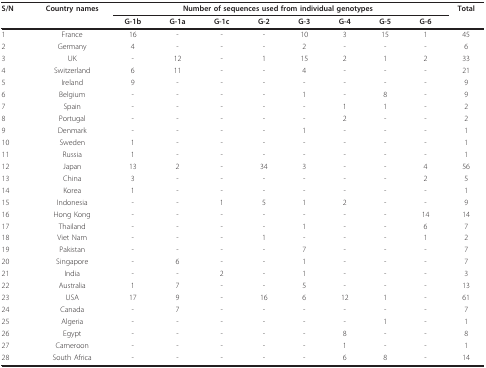
<table><thead><tr><td><b>S/N</b></td><td><b>Country names</b></td><td colspan="8"><b>Number of sequences used from individual genotypes</b></td><td><b>Total</b></td></tr><tr><td></td><td></td><td><b>G-1b</b></td><td><b>G-1a</b></td><td><b>G-1c</b></td><td><b>G-2</b></td><td><b>G-3</b></td><td><b>G-4</b></td><td><b>G-5</b></td><td><b>G-6</b></td><td></td></tr></thead><tbody><tr><td>1</td><td>France</td><td>16</td><td>-</td><td>-</td><td>-</td><td>10</td><td>3</td><td>15</td><td>1</td><td>45</td></tr><tr><td>2</td><td>Germany</td><td>4</td><td>-</td><td>-</td><td>-</td><td>2</td><td>-</td><td>-</td><td>-</td><td>6</td></tr><tr><td>3</td><td>UK</td><td>-</td><td>12</td><td>-</td><td>1</td><td>15</td><td>2</td><td>1</td><td>2</td><td>33</td></tr><tr><td>4</td><td>Switzerland</td><td>6</td><td>11</td><td>-</td><td>-</td><td>4</td><td>-</td><td>-</td><td>-</td><td>21</td></tr><tr><td>5</td><td>Ireland</td><td>9</td><td>-</td><td>-</td><td>-</td><td>-</td><td>-</td><td>-</td><td>-</td><td>9</td></tr><tr><td>6</td><td>Belgium</td><td>-</td><td>-</td><td>-</td><td>-</td><td>1</td><td>-</td><td>8</td><td>-</td><td>9</td></tr><tr><td>7</td><td>Spain</td><td>-</td><td>-</td><td>-</td><td>-</td><td>-</td><td>1</td><td>1</td><td>-</td><td>2</td></tr><tr><td>8</td><td>Portugal</td><td>-</td><td>-</td><td>-</td><td>-</td><td>-</td><td>2</td><td>-</td><td>-</td><td>2</td></tr><tr><td>9</td><td>Denmark</td><td>-</td><td>-</td><td>-</td><td>-</td><td>1</td><td>-</td><td>-</td><td>-</td><td>1</td></tr><tr><td>10</td><td>Sweden</td><td>1</td><td>-</td><td>-</td><td>-</td><td>-</td><td>-</td><td>-</td><td>-</td><td>1</td></tr><tr><td>11</td><td>Russia</td><td>1</td><td>-</td><td>-</td><td>-</td><td>-</td><td>-</td><td>-</td><td>-</td><td>1</td></tr><tr><td>12</td><td>Japan</td><td>13</td><td>2</td><td>-</td><td>34</td><td>3</td><td>-</td><td>-</td><td>4</td><td>56</td></tr><tr><td>13</td><td>China</td><td>3</td><td>-</td><td>-</td><td>-</td><td>-</td><td>-</td><td>-</td><td>2</td><td>5</td></tr><tr><td>14</td><td>Korea</td><td>1</td><td>-</td><td>-</td><td>-</td><td>-</td><td>-</td><td>-</td><td>-</td><td>1</td></tr><tr><td>15</td><td>Indonesia</td><td>-</td><td>-</td><td>1</td><td>5</td><td>1</td><td>2</td><td>-</td><td>-</td><td>9</td></tr><tr><td>16</td><td>Hong Kong</td><td>-</td><td>-</td><td>-</td><td>-</td><td>-</td><td>-</td><td>-</td><td>14</td><td>14</td></tr><tr><td>17</td><td>Thailand</td><td>-</td><td>-</td><td>-</td><td>-</td><td>1</td><td>-</td><td>-</td><td>6</td><td>7</td></tr><tr><td>18</td><td>Viet Nam</td><td>-</td><td>-</td><td>-</td><td>1</td><td>-</td><td>-</td><td>-</td><td>1</td><td>2</td></tr><tr><td>19</td><td>Pakistan</td><td>-</td><td>-</td><td>-</td><td>-</td><td>7</td><td>-</td><td>-</td><td>-</td><td>7</td></tr><tr><td>20</td><td>Singapore</td><td>-</td><td>6</td><td>-</td><td>-</td><td>1</td><td>-</td><td>-</td><td>-</td><td>7</td></tr><tr><td>21</td><td>India</td><td>-</td><td>-</td><td>2</td><td>-</td><td>1</td><td>-</td><td>-</td><td>-</td><td>3</td></tr><tr><td>22</td><td>Australia</td><td>1</td><td>7</td><td>-</td><td>-</td><td>5</td><td>-</td><td>-</td><td>-</td><td>13</td></tr><tr><td>23</td><td>USA</td><td>17</td><td>9</td><td>-</td><td>16</td><td>6</td><td>12</td><td>1</td><td>-</td><td>61</td></tr><tr><td>24</td><td>Canada</td><td>-</td><td>7</td><td>-</td><td>-</td><td>-</td><td>-</td><td>-</td><td>-</td><td>7</td></tr><tr><td>25</td><td>Algeria</td><td>-</td><td>-</td><td>-</td><td>-</td><td>-</td><td>-</td><td>1</td><td>-</td><td>1</td></tr><tr><td>26</td><td>Egypt</td><td>-</td><td>-</td><td>-</td><td>-</td><td>-</td><td>8</td><td>-</td><td>-</td><td>8</td></tr><tr><td>27</td><td>Cameroon</td><td>-</td><td>-</td><td>-</td><td>-</td><td>-</td><td>1</td><td>-</td><td>-</td><td>1</td></tr><tr><td>28</td><td>South Africa</td><td>-</td><td>-</td><td>-</td><td>-</td><td>-</td><td>6</td><td>8</td><td>-</td><td>14</td></tr></tbody></table>